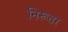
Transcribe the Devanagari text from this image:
निरूतर